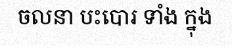
ចលនា បះបោរ ទាំង ក្នុង